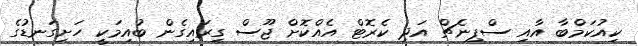
ކިއުކަމްބާ އާއި ސްޕިނެޗް އަދި ކެރޮޓް އެއްކޮށް ޖޫސް ގިރައިގެން ބުއިމަކީ ހަށިގަނޑުގެ